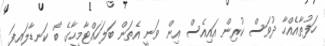
ހަފުތާއެއްހާ ދުވަސް ކުރިން އައިއެސް އިން ވަނީ އެތަން ބަލަހައްޓާމީހާގެ ބޯ ކަނޑާލައިފަ